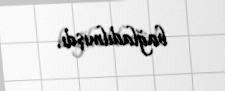
bağladılmışdı.